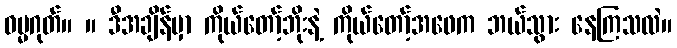
ဓမ္မဂုတ်။ ။ ဒီအချိန်မှာ ကိုယ်တော့်ဘိုးနဲ့ ကိုယ်တော့်အဖေက ဘယ်သွား နေကြသလဲ။